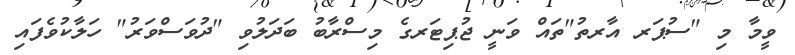
ވީމާ މި "ސުޕަރ އާރތު"ތައް ވަނީ ޖުޕިޓަރގެ މިސްރާބު ބަދަލުވި "ދުވަސްވަރު" ހަލާކުވެފައި